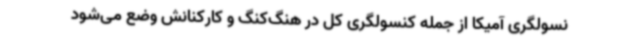
نسولگری آمیکا از جمله کنسولگری کل در هنگ‌کنگ و کارکنانش وضع می‌شود